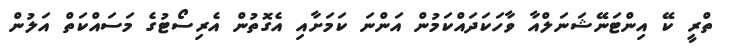
ތްރީ ކޭ އިންޓަނޭޝަނަލްއާ ވާހަކަދައްކަމުން އަންނަ ކަމަށާއި އެގޮތުން އެރިސޯޓުގެ މަސައްކަތް އަލުން